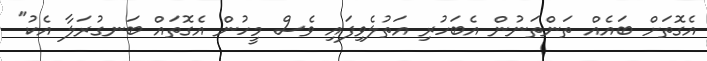
އެގޮތަށް ބައެއް ތަންތަނުން އެބަހުރި އަތުލެވިފައި ވެސް މީހުން އެގޮތައް ބަނގުރަލާ އެކު"